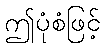
ဤပုံစံဖြင့်